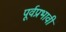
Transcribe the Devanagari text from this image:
पूर्वप्रभावी